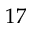
1 7